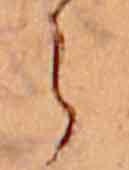
ら